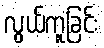
လွယ်ကူခြင်း